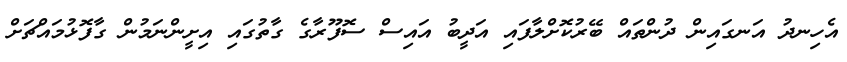
އެހިނދު އަނގައިން ދުންތައް ބޭރުކޮށްލާފައި އަދީބު އައިސް ސޮފޫރާގެ ގާތުގައި އިށީންނަމުން ގާފޮޅުމައްޗަށް